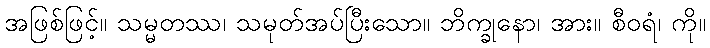
အဖြစ်ဖြင့်။ သမ္မတဿ၊ သမုတ်အပ်ပြီးသော။ ဘိက္ခုနော၊ အား။ စီဝရံ၊ ကို။